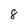
Character: 8